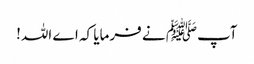
آپﷺ نے فرمایا کہ اے اللہ!